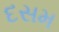
દસમ